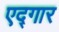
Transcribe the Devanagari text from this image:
एद्गार